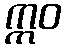
ဣဝ